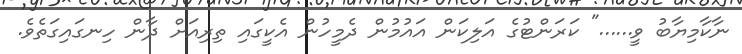
ނާކާމިޔާބު ވީ......" ކަރަންޓުގެ އަލިކަން އައުމުން ދެމީހުން އެކީގައި ތިރިއަށް ދާން ހިނގައިގަތެވެ.